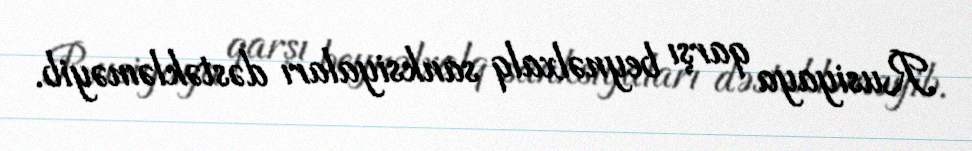
Rusiyaya qarşı beynəlxalq sanksiyaları dəstəkləməyib.